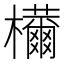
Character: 𣠝